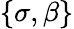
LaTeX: \{ \sigma,\beta\}